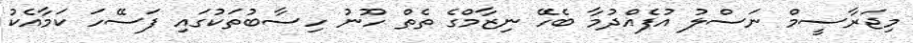
މިޖަރާސީމް ނަސްލު އުފެއްދުމާ ބެހޭ ނިޒާމްގެ ތެތް ހޫނު ހިސާބުތަކުގައި ފަސޭހަ ކަމާއެކު